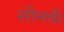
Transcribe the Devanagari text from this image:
शीनवी